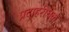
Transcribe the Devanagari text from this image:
प्रदाहरोधक